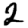
Digit: 2